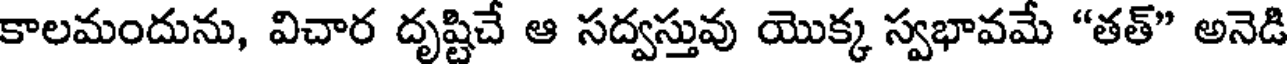
కాలమందును, విచార దృష్టిచే ఆ సద్వస్తువు యొక్క స్వభావమే "తత్" అనెడి